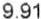
9.91